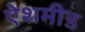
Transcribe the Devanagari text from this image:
ऐशमीड